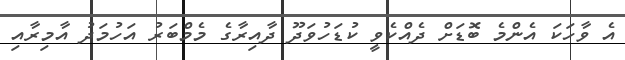
އެ ވާހަކަ އެންމެ ބޮޑަށް ދެއްކެވީ ކުޑަހުވަދޫ ދާއިރާގެ މެމްބަރު އަހުމަދު އާމިރާއި